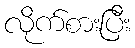
လိုက်စားပြီး